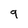
Character: 9